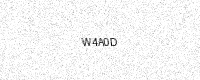
Text: W4A0D